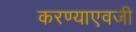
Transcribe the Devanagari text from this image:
करण्याएवजी